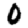
Digit: 0